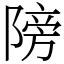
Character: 䧛